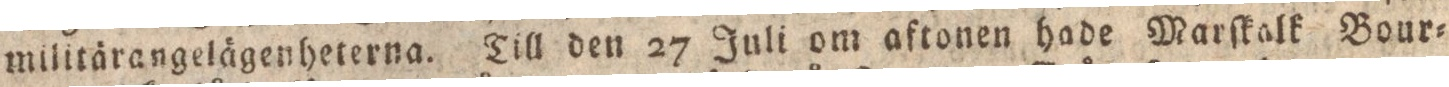
militärangelägenheterna. Till den 27 Juli om aftonen hade Marſkalk Bour=